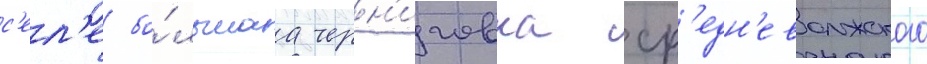
с'ел'е бо́льшаа черн'иговка ср'едн'еволжского